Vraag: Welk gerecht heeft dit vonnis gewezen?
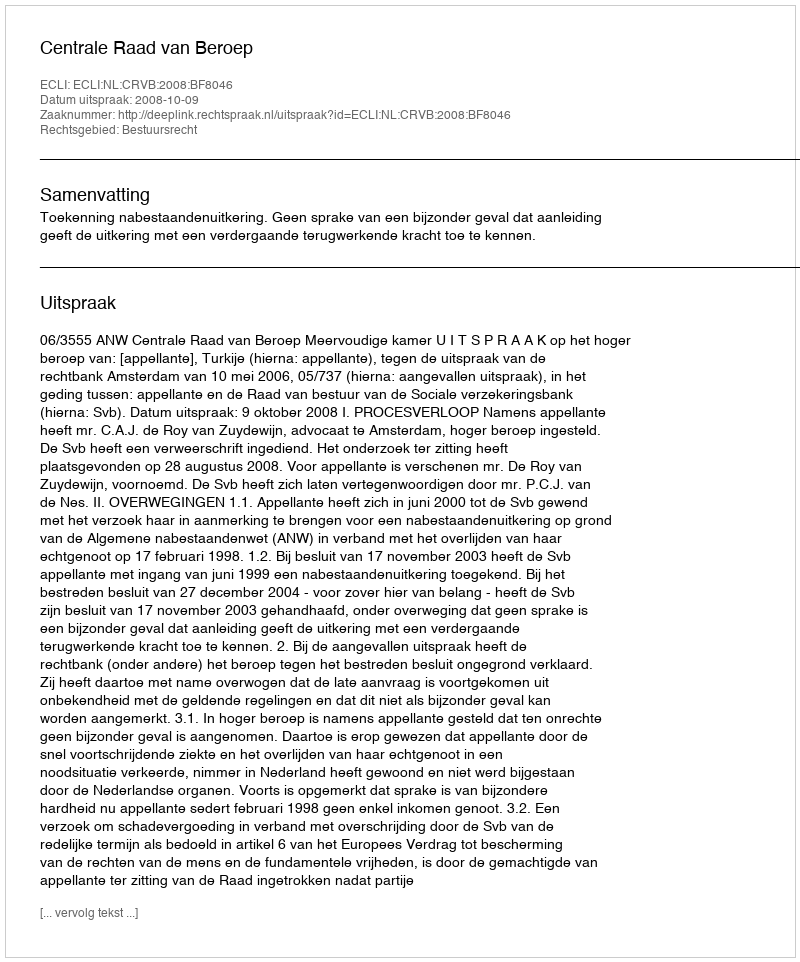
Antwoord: Centrale Raad van Beroep